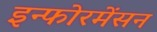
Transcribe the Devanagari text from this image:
इन्फोरमेंसन